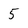
Character: 5